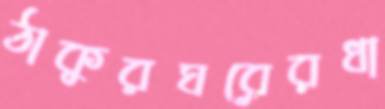
ঠাকুরঘরেরধা